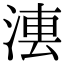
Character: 𣷼